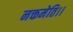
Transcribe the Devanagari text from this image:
नक्तमेति।।